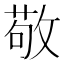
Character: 敬